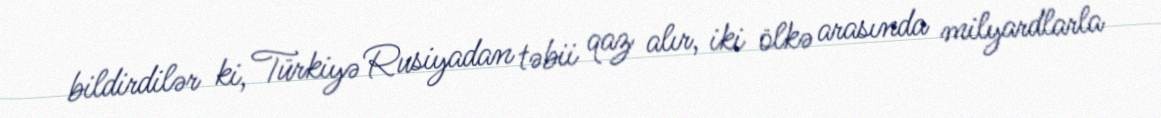
bildirdilər ki, Türkiyə Rusiyadan təbii qaz alır, iki ölkə arasında milyardlarla